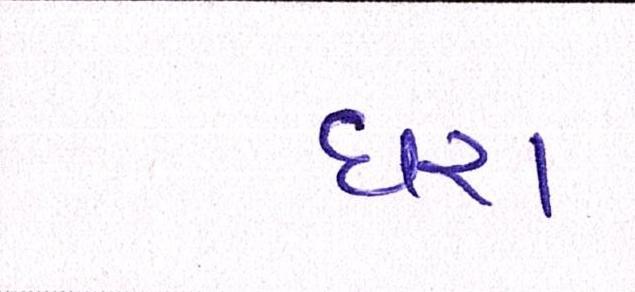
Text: ધરા